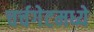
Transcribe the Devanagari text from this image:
चर्चगेटमध्ये